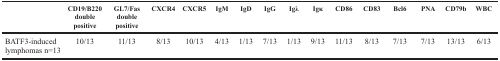
|  | CD19/B220 double positive | GL7/Fas double positive | CXCR4 | CXCR5 | IgM | IgD | IgG | Igλ | Igκ | CD86 | CD83 | Bcl6 | PNA | CD79b | WBC |
 | --- | --- | --- | --- | --- | --- | --- | --- | --- | --- | --- | --- | --- | --- | --- | --- |
 | BATF3-induced lymphomas n=13 | 10/13 | 11/13 | 8/13 | 10/13 | 4/13 | 1/13 | 7/13 | 1/13 | 9/13 | 11/13 | 8/13 | 7/13 | 7/13 | 13/13 | 6/13 |